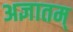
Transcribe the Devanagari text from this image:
अज्ञातम्‌